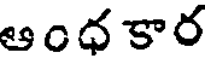
ఆంధ కార